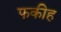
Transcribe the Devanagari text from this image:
फकीह